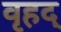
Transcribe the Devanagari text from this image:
वृहद्‌